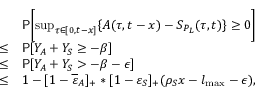
\begin{array} { r l } & { \mathsf { P } \biggl [ \operatorname* { s u p } _ { \tau \in [ 0 , t - x ] } \{ A ( \tau , t - x ) - S _ { P _ { L } } ( \tau , t ) \} \ge 0 \biggr ] } \\ { \le } & { \mathsf { P } [ Y _ { A } + Y _ { S } \ge - \beta ] } \\ { \le } & { \mathsf { P } [ Y _ { A } + Y _ { S } > - \beta - \epsilon ] } \\ { \le } & { 1 - [ 1 - \overline { { \varepsilon } } _ { A } ] _ { + } \ast [ 1 - \varepsilon _ { S } ] _ { + } ( \rho _ { S } x - l _ { \operatorname* { m a x } } - \epsilon ) , } \end{array}